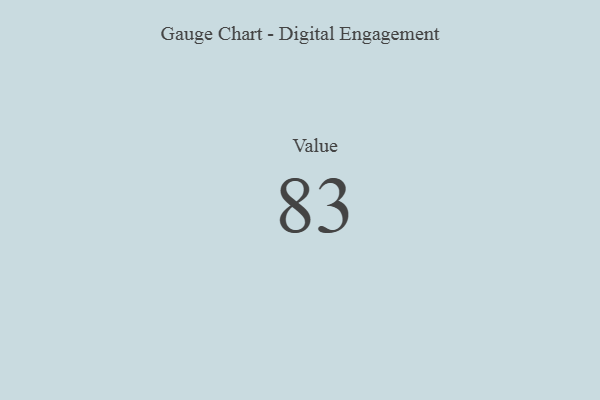
{"axis": {"x": "Metric", "y": "Value"}, "legend": [""], "data": [{"x": "Value", "y": 83, "type": ""}]}